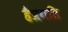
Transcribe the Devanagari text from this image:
हैप्रगति